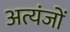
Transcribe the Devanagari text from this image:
अत्यंजों